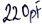
Text: 220pF